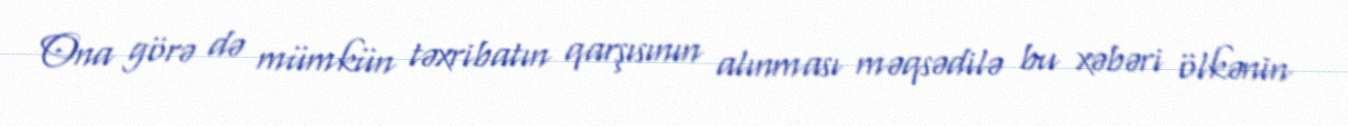
Ona görə də mümkün təxribatın qarşısının alınması məqsədilə bu xəbəri ölkənin